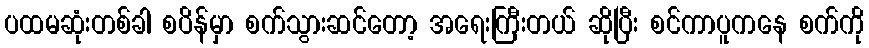
ပထမဆုံးတစ်ခါ စပိန်မှာ စက်သွားဆင်တော့ အရေးကြီးတယ် ဆိုပြီး စင်ကာပူကနေ စက်ကို